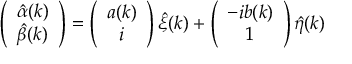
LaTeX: \left( \begin{array} { c } { { \hat { \alpha } ( k ) } } \\ { { \hat { \beta } ( k ) } } \end{array} \right) = \left( \begin{array} { c } { { { a } ( k ) } } \\ { { i } } \end{array} \right) \hat { \xi } ( k ) + \left( \begin{array} { c } { { - i { b } ( k ) } } \\ { { 1 } } \end{array} \right) \hat { \eta } ( k )